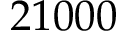
2 1 0 0 0